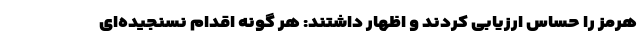
هرمز را حساس ارزیابی کردند و اظهار داشتند: هر گونه اقدام نسنجیده‌ای